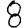
Digit: 8